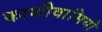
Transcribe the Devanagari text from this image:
काशीवासियो